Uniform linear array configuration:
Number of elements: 12
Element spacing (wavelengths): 0.75
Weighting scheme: hamming
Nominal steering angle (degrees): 60
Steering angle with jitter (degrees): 59.83
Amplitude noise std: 0.05
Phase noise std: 0.05

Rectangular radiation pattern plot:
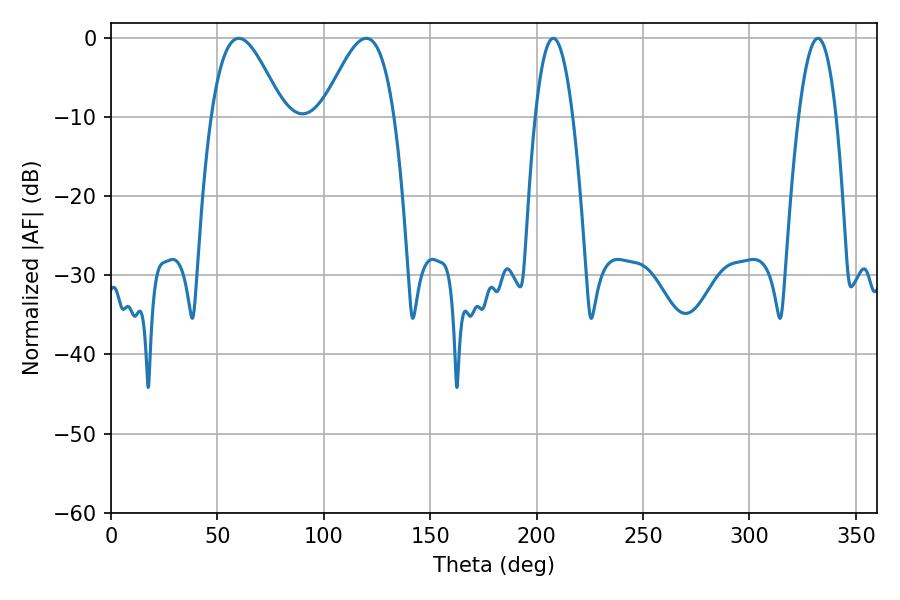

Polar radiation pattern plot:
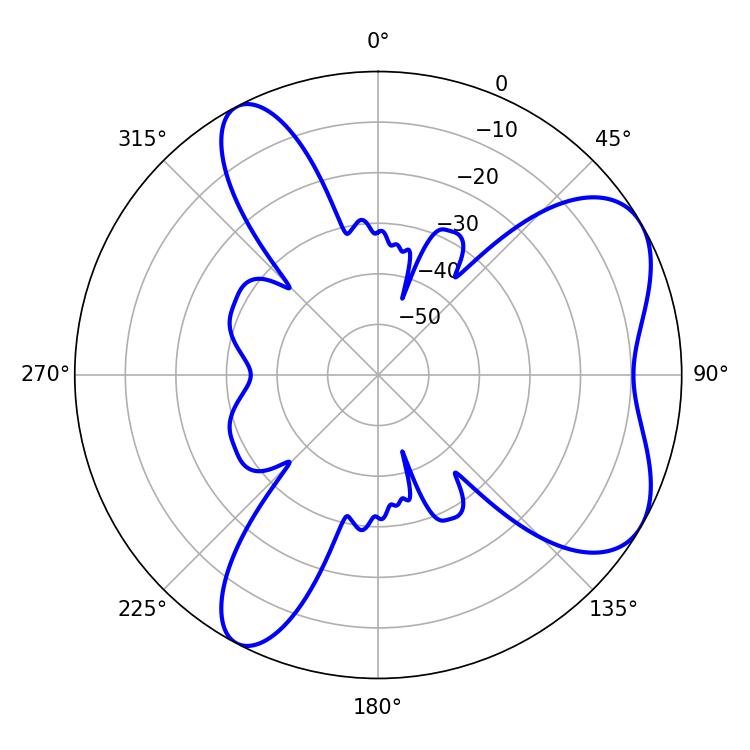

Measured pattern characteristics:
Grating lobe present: TRUE
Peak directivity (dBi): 6.332
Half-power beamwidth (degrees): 18.18
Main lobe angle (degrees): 60.12